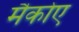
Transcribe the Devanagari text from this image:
मैकोए